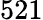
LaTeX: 521